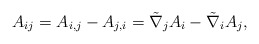
\begin{align*}A_{ij}=A_{i,j}-A_{j,i}=\tilde{\nabla}_{j}A_{i}-\tilde{\nabla}_{i}A_{j},\end{align*}